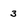
Character: 3